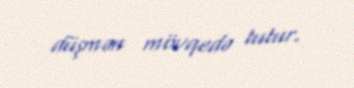
düşmən mövqedə tutur.